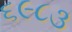
૬૯૮૩